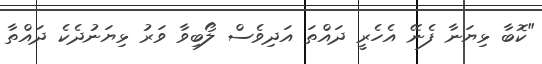
"ކޮބާ ޅިޔަނާ ފެނޭ އެހެރީ ދައްތަ އަދިވެސް ލޯބިވާ ވަރު ޅިޔަނުދެކެ ދައްތާ